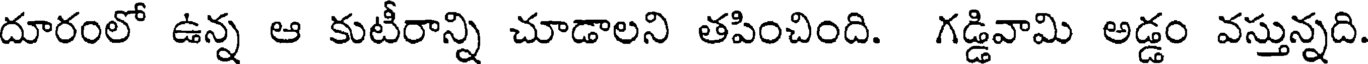
దూరంలో ఉన్న ఆ కుటీరాన్ని చూడాలని తపించింది. గడ్డివామి అడ్డం వస్తున్నది